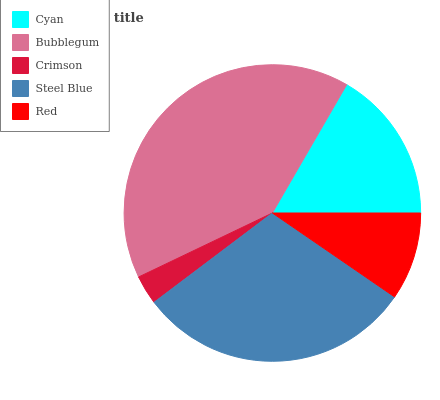
| Cyan | Bubblegum | Crimson | Steel Blue | Red |
 | --- | --- | --- | --- | --- |
 | 16.7% | 40.4% | 3.18% | 30.1% | 9.58% |